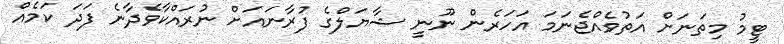
ޓީމު މިތަނަށް އަތުވެއްޖެނަމަ އަހަރެން ނޫނީ ޝާޔަލްގެ ފުރާނައަށް ނުރައްކާވެދާނެ ފަދަ ކަމެއް